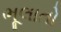
ભૂલાતો